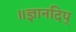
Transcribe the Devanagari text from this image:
॥ज्ञानदिप्